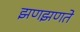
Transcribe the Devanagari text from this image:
झणझणते